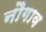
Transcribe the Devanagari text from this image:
नौगाव